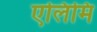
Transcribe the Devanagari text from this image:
एलिमि